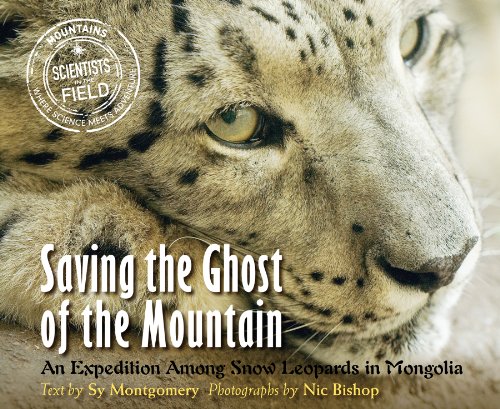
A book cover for Saving the Ghost of the Mountain: An Expedition Among Snow Leopards in Mongolia (Scientists in the Field Series); Sy Montgomery; Children's Books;